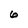
Character: 6